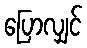
ပြောလျှင်